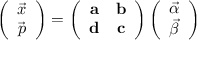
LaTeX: \left( \begin{array} { c } { { \vec { x } } } \\ { { \vec { p } } } \end{array} \right) = \left( \begin{array} { c c } { { { \mathbf a } } } & { { { \mathbf b } } } \\ { { { \mathbf d } } } & { { { \mathbf c } } } \end{array} \right) \left( \begin{array} { c } { { \vec { \alpha } } } \\ { { \vec { \beta } } } \end{array} \right)